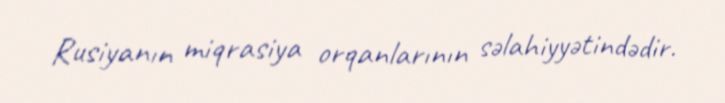
Rusiyanın miqrasiya orqanlarının səlahiyyətindədir.